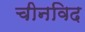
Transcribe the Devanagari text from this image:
चीनविद